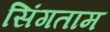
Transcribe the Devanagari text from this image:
सिंगताम